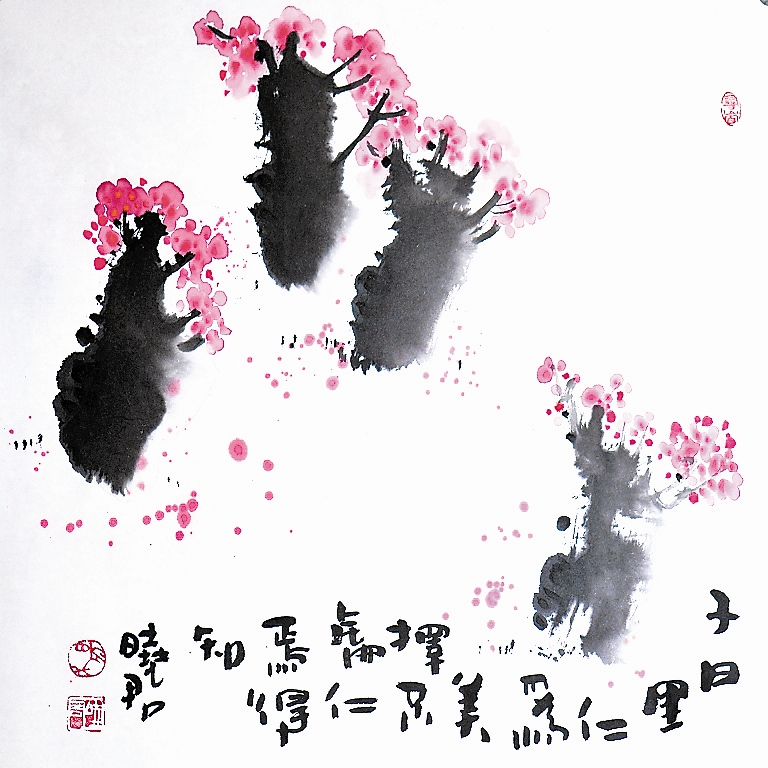
里仁为美，择不处仁，焉得知？